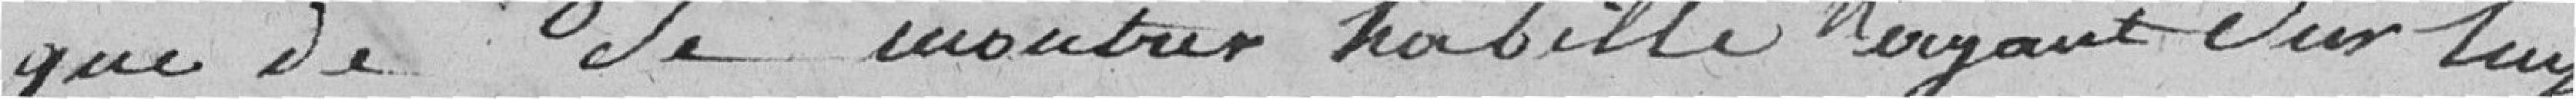
que de se montrer habillé n'ayant sur lui